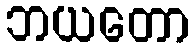
ဘယတော